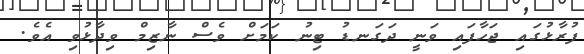
ފުރާޅުގައި ޖަހާފައި ވަނީ ދަގަނޑު ޓިނު ކަމަށް ވެސް ނާޒިމް ވިދާޅުވި އެވެ.